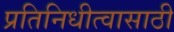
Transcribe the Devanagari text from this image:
प्रतिनिधीत्वासाठी